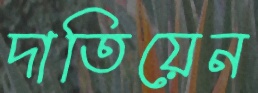
দাতিয়েন